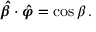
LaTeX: { \boldsymbol { \hat { \beta } } } \cdot { \boldsymbol { \hat { \varphi } } } = \cos { \beta } \, .